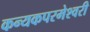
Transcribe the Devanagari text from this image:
कन्‍यकपरमेश्‍वरी